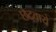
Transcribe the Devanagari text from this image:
छेदवाये